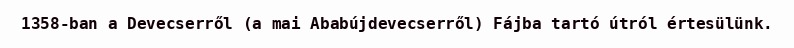
1358-ban a Devecserről (a mai Ababújdevecserről) Fájba tartó útról értesülünk.